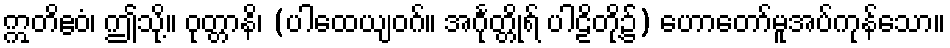
ဣတိဧဝံ၊ ဤသို့။ ဝုတ္တာနိ၊ (ပါထေယျဝဂ်။ အင်္ဂုတ္တိုရ် ပါဠိတို့၌) ဟောတော်မူအပ်ကုန်သော။